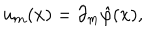
LaTeX: u _ { m } ( x ) = \partial _ { m } \hat { \varphi } ( x ) ,